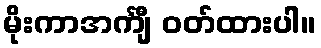
မိုးကာအင်္ကျီ ဝတ်ထားပါ။